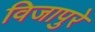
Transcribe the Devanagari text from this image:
विजापुरे